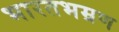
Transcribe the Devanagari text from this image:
भारतभम्रण